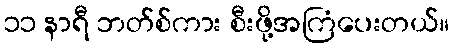
၁၁ နာရီ ဘတ်စ်ကား စီးဖို့အကြံပေးတယ်။